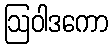
ဩဝါဒကော